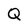
Character: Q